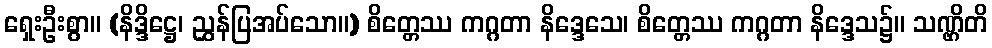
ရှေးဦးစွာ။ (နိဒ္ဒိဋ္ဌေ၊ ညွှန်ပြအပ်သော။) စိတ္တေဿ ကဂ္ဂတာ နိဒ္ဒေသေ၊ စိတ္တေဿ ကဂ္ဂတာ နိဒ္ဒေသ၌။ သဏ္ဌိတိ